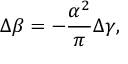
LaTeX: \Delta \beta = - \frac { \alpha ^ { 2 } } { \pi } \Delta \gamma ,